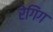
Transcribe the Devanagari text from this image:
रेगिंग